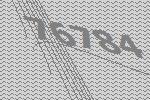
76784